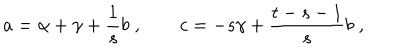
a = \alpha + \gamma + { \frac { 1 } { s } } b \; , \qquad c = - { s } \gamma + { \frac { t - s - 1 } { s } } b \; ,